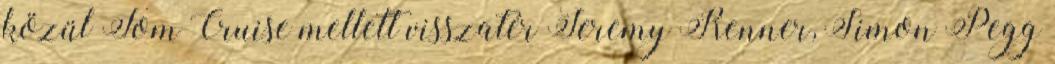
közül Tom Cruise mellett visszatér Jeremy Renner, Simon Pegg